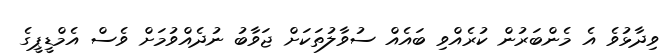
ވިދާޅުވެ އެ މެންބަރުން ކުރެއްވި ބައެއް ސުވާލުތަކަށް ޖަވާބު ނުދެއްވުމަށް ވެސް އެމްޑީޕީގެ